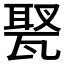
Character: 𤭿